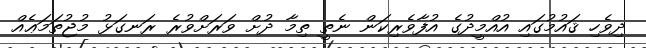
ދިވެހި ޤައުމުގައި އުއްމީދުގެ އުފާވެރިކަން ނެތީ ތިމާ ދުށް ވަރަށްވުރެ ރަނގަޅު މުޖުތަމަޢެއް